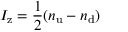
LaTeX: I _ { \mathrm { z } } = { \frac { 1 } { 2 } } ( n _ { \mathrm { u } } - n _ { \mathrm { d } } )